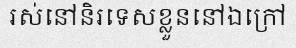
រស់នៅនិរទេសខ្លួននៅឯក្រៅ